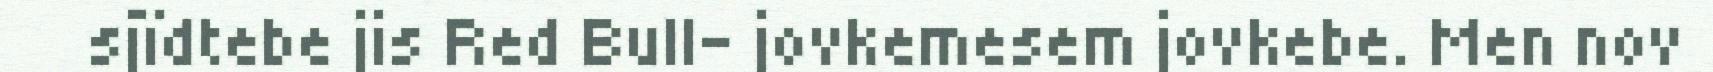
sjïdtebe jis Red Bull- jovkemesem jovkebe. Men nov